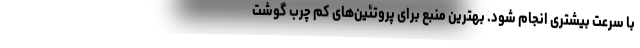
با سرعت بیشتری انجام شود. بهترین منبع برای پروتئین‌های کم چرب گوشت